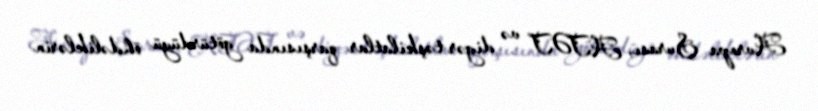
Avropa Şurası, ATƏT və digər təşkilatlar qarşısında götürdüyü öhdəliklərin